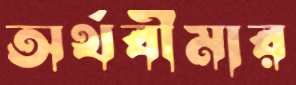
অর্থবীমার